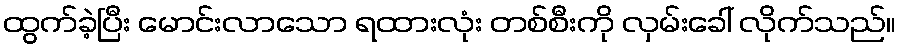
ထွက်ခဲ့ပြီး မောင်းလာသော ရထားလုံး တစ်စီးကို လှမ်းခေါ် လိုက်သည်။